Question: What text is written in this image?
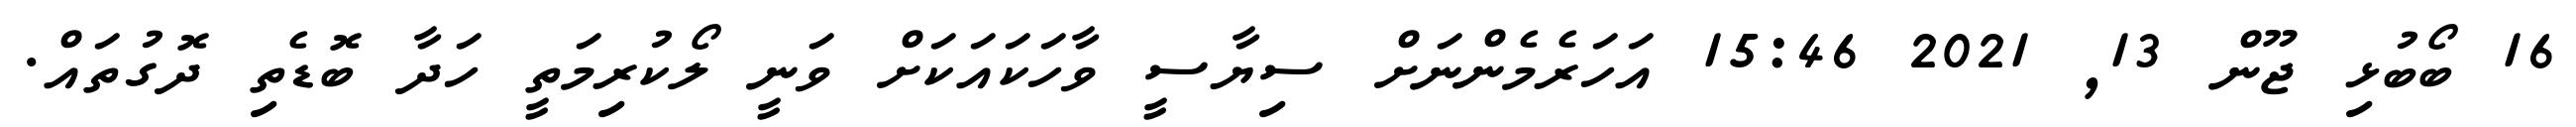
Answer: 16 ބޯބުޅި ޖޫން 13, 2021 15:46 އަހަރެމެންނަށް ސިޔާސީ ވާހަކައަކަށް ވަނީ ލޯކުރިމަތީ ހަދާ ބޮޑެތި ދޮގުތައް.